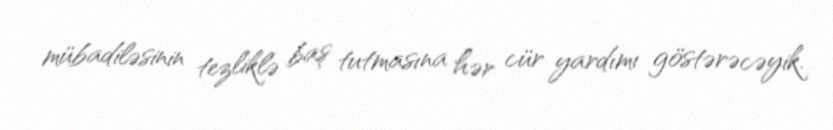
mübadiləsinin tezliklə baş tutmasına hər cür yardımı göstərəcəyik.